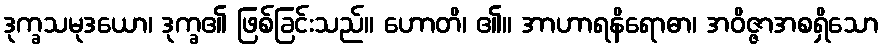
ဒုက္ခသမုဒယော၊ ဒုက္ခ၏ ဖြစ်ခြင်းသည်။ ဟောတိ၊ ၏။ အာဟာရနိရောဓာ၊ အဝိဇ္ဇာအစရှိသော